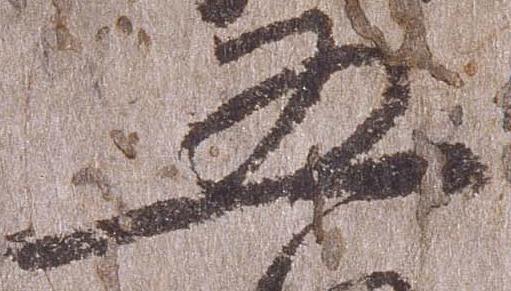
五